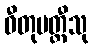
ဓီတုမတ္တီသု